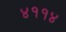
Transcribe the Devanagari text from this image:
४११४